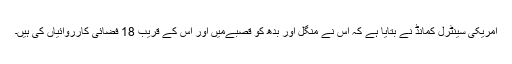
امریکی سینٹرل کمانڈ نے بتایا ہے کہ اُس نے منگل اور بدھ کو قصبےمیں اور اُس کے قریب 18 فضائی کارروائیاں کی ہیں۔